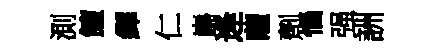
測饘繹仁巋逄薩劑惱强詶